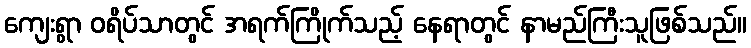
ကျေးရွာ ဝရိပ်သာတွင် အရက်ကြိုက်သည့် နေရာတွင် နာမည်ကြီးသူဖြစ်သည်။